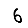
Digit: 6